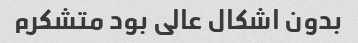
بدون اشکال عالی بود متشکرم